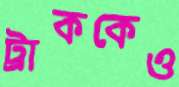
ট্রাককেও